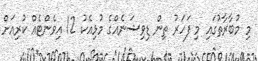
މި މުބާރާތުގައި މި ފަހަރު ތިން ޑިވިޝަނެއްގެ މުޅިއެކު 12 އިވެންޓެއް ކުރިއަށް